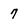
Character: 7